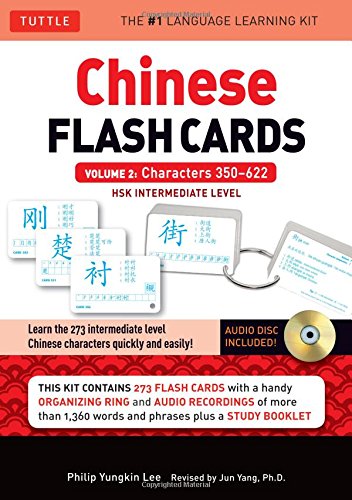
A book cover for Chinese Flash Cards Kit Volume 2: HSK Intermediate Level: Characters 350-622 (Audio CD Included); Philip Yungkin Lee; Reference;